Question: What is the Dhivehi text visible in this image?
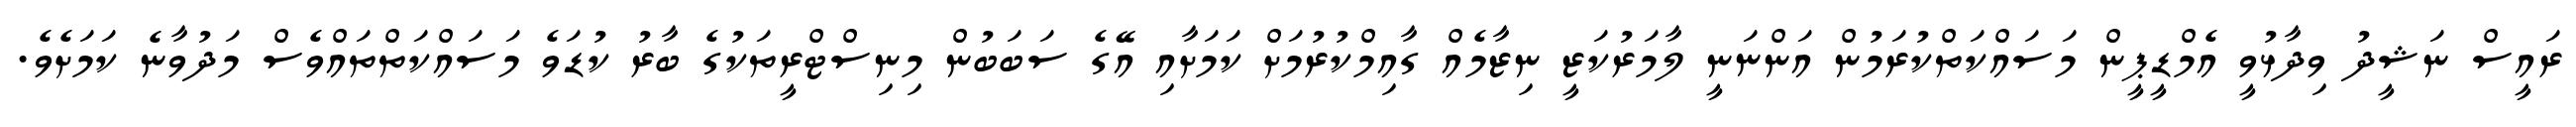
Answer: ރައީސް ނަޝީދު ވިދާޅުވީ އެމްޑީޕީން މަސައްކަތްކުރަމުން އަންނަނީ ލާމަރުކަޒީ ނިޒާމެއް ގާއިމްކުރުމަށް ކަމަށާއި އޭގެ ސަބަބުން މިނިސްޓްރީތަކުގެ ބާރު ކުޑަވެ މަސައްކަތްތައްވެސް މަދުވާނެ ކަމަށެވެ.